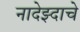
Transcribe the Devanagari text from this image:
नादेझ्दाचे